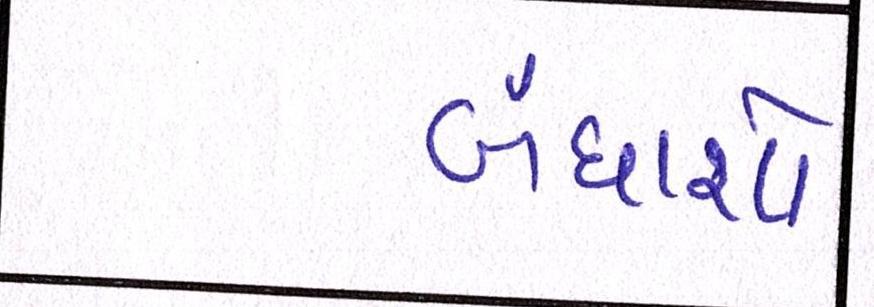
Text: બંધાશો